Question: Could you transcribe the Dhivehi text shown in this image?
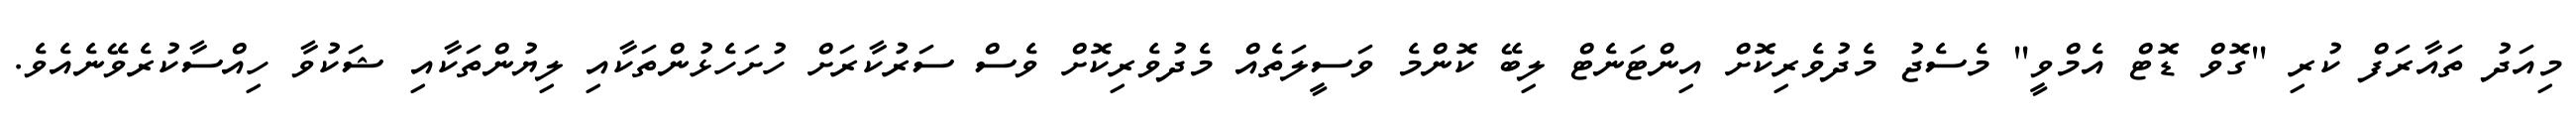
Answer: މިއަދު ތައާރަފް ކުރި "ގޮވް ޑޮޓް އެމްވީ" މެސެޖު މެދުވެރިކޮށް އިންޓަނެޓް ލިބޭ ކޮންމެ ވަސީލަތެއް މެދުވެރިކޮށް ވެސް ސަރުކާރަށް ހުށަހެޅުންތަކާއި ލިޔުންތަކާއި ޝަކުވާ ހިއްސާކުރެވޭނެއެވެ.